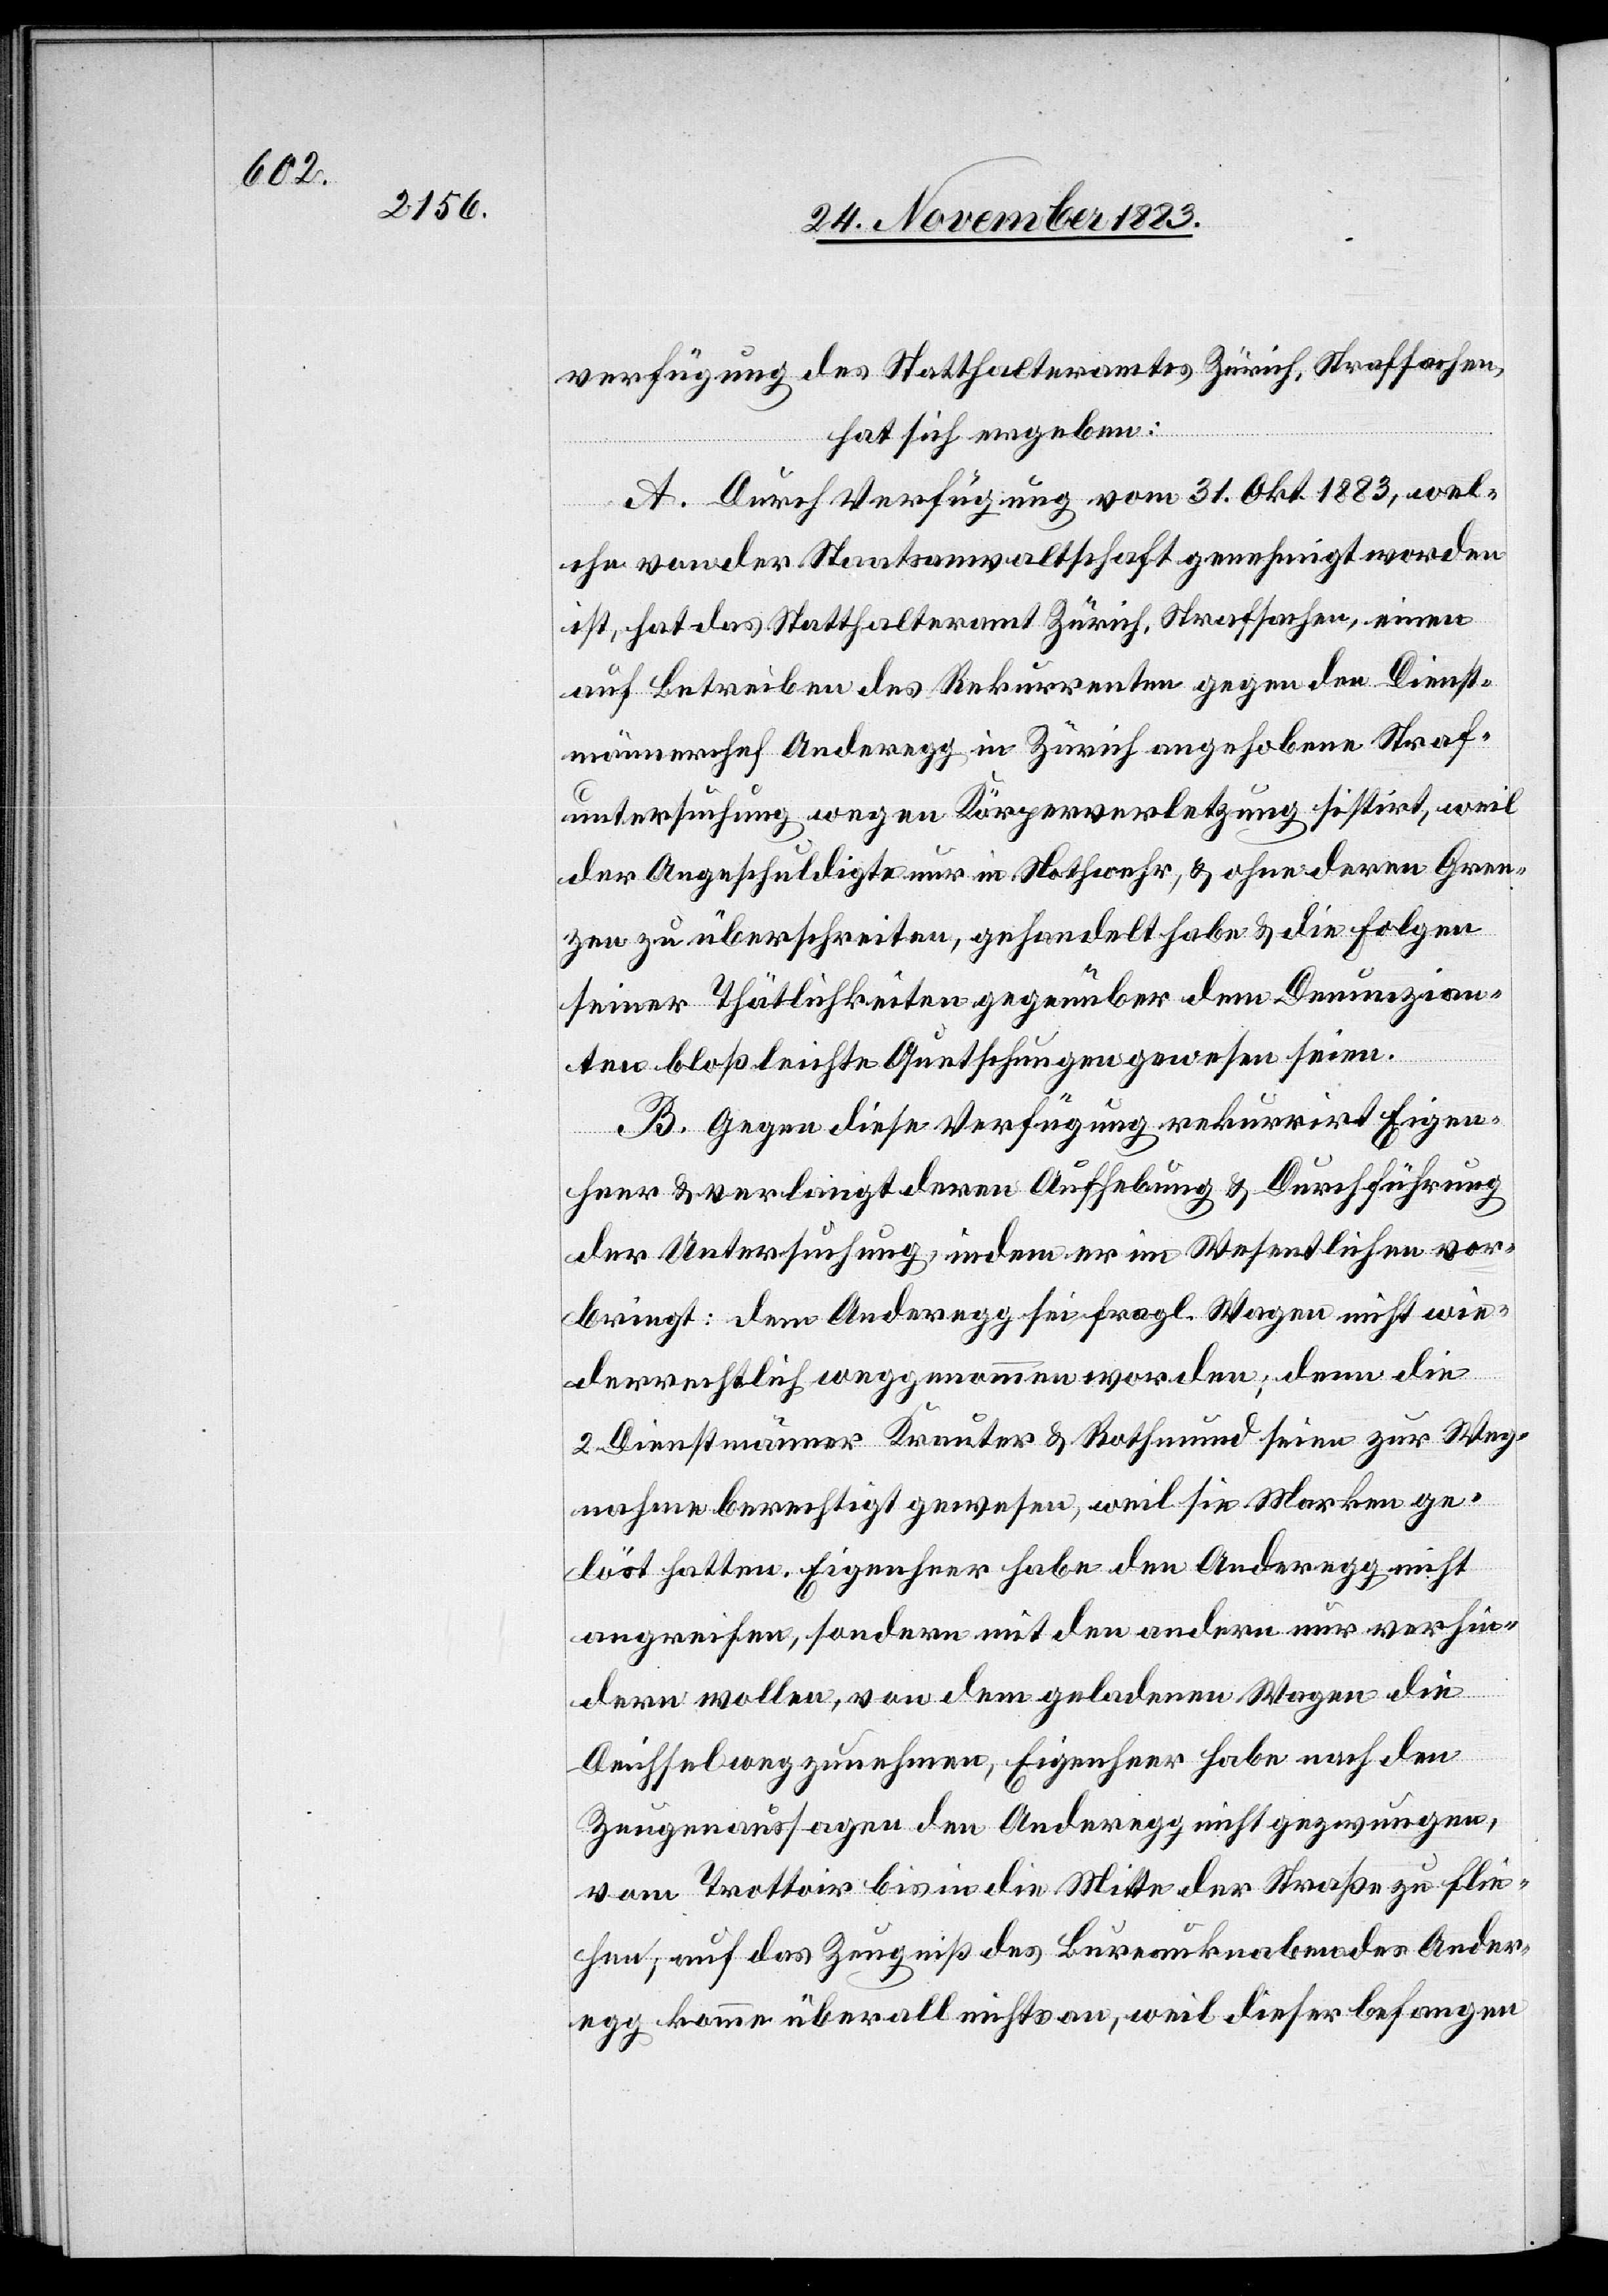
verfügung des Statthalteramtes Zürich, Strafsachen,
hat sich ergeben:
A. Durch Verfügung vom 31. Okt. 1883, wel¬
che von der Staatsanwaltschaft genehmigt worden
ist, hat das Statthalteramt Zürich, Strafsachen, einen
auf Betreiben des Rekurrenten gegen den Dienst¬
männerchef Anderegg in Zürch angehobene Straf¬
untersuchung wegen Körperverletzung sistirt, weil
der Angeschuldigte nur in Nothwehr, & ohne deren Gren¬
zen zu überschreiten, gehandelt habe & die Folgen
seiner Thätlichkeiten gegenüber dem Denunzian¬
ten bloß leichte Quetschungen gewesen seien.
B. Gegen diese Verfügung rekurrirt Eigen¬
heer & verlangt deren Aufhebung & Durchführung
der Untersuchung, indem er im Wesentlichen vor¬
bringt: dem Anderegg sei fragl. Wagen nicht wie¬
derrechtlich weggenommen worden; denn die
2 Dienstmänner Krauter & Rothmund seien zur Weg¬
nahme berechtigt gewesen, weil sie Marken ge¬
löst hatten. Eigenheer habe den Anderegg nicht
angreifen, sondern mit den andern nur verhin¬
dern wollen, von dem geladenen Wagen die
Deichsel weg zunehmen, Eigenheer habe nach den
Zeugenaussagen den Anderegg nicht gezwungen,
vom Trottoir bis in die Mitte der Straße zu flie¬
hen; auf das Zeugniß des Bureauknaben des Ander¬
egg komme überall nichts an, weil dieser befangen